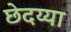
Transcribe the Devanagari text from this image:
छेदय्या